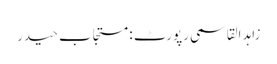
زاہد القاسمی رپورٹ : مستجاب حیدر